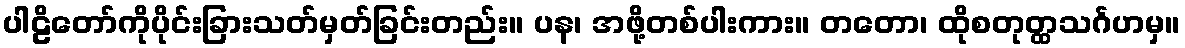
ပါဠိတော်ကိုပိုင်းခြားသတ်မှတ်ခြင်းတည်း။ ပန၊ အဖို့တစ်ပါးကား။ တတော၊ ထိုစတုတ္ထသင်္ဂဟမှ။